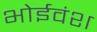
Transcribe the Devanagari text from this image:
भोईवंश